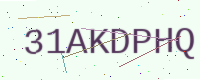
Text: 31AKDPHQ